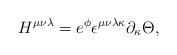
\begin{align*}H^{\mu\nu\lambda} = e^{\phi}\epsilon^{\mu\nu\lambda\kappa}\partial_\kappa \Theta, \end{align*}